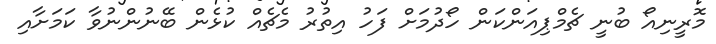
މޮރީނިއޯ ބުނީ ޗެމްޕިއަންކަން ހޯދުމަށް ފަހު އިތުރު މެޗެއް ކުޅެން ބޭނުންނުވާ ކަމަށާއި